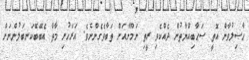
ޙާޞިލުވާން އޮތީ ޞަޙާބިއްޔާތުން ދެއްކެވި ރީތި ނަމޫނާއަށް ތަބާވެގެންނެވެ. އަރަހުށި މާތް އެބޭބޭކަނބަލުންނަށް